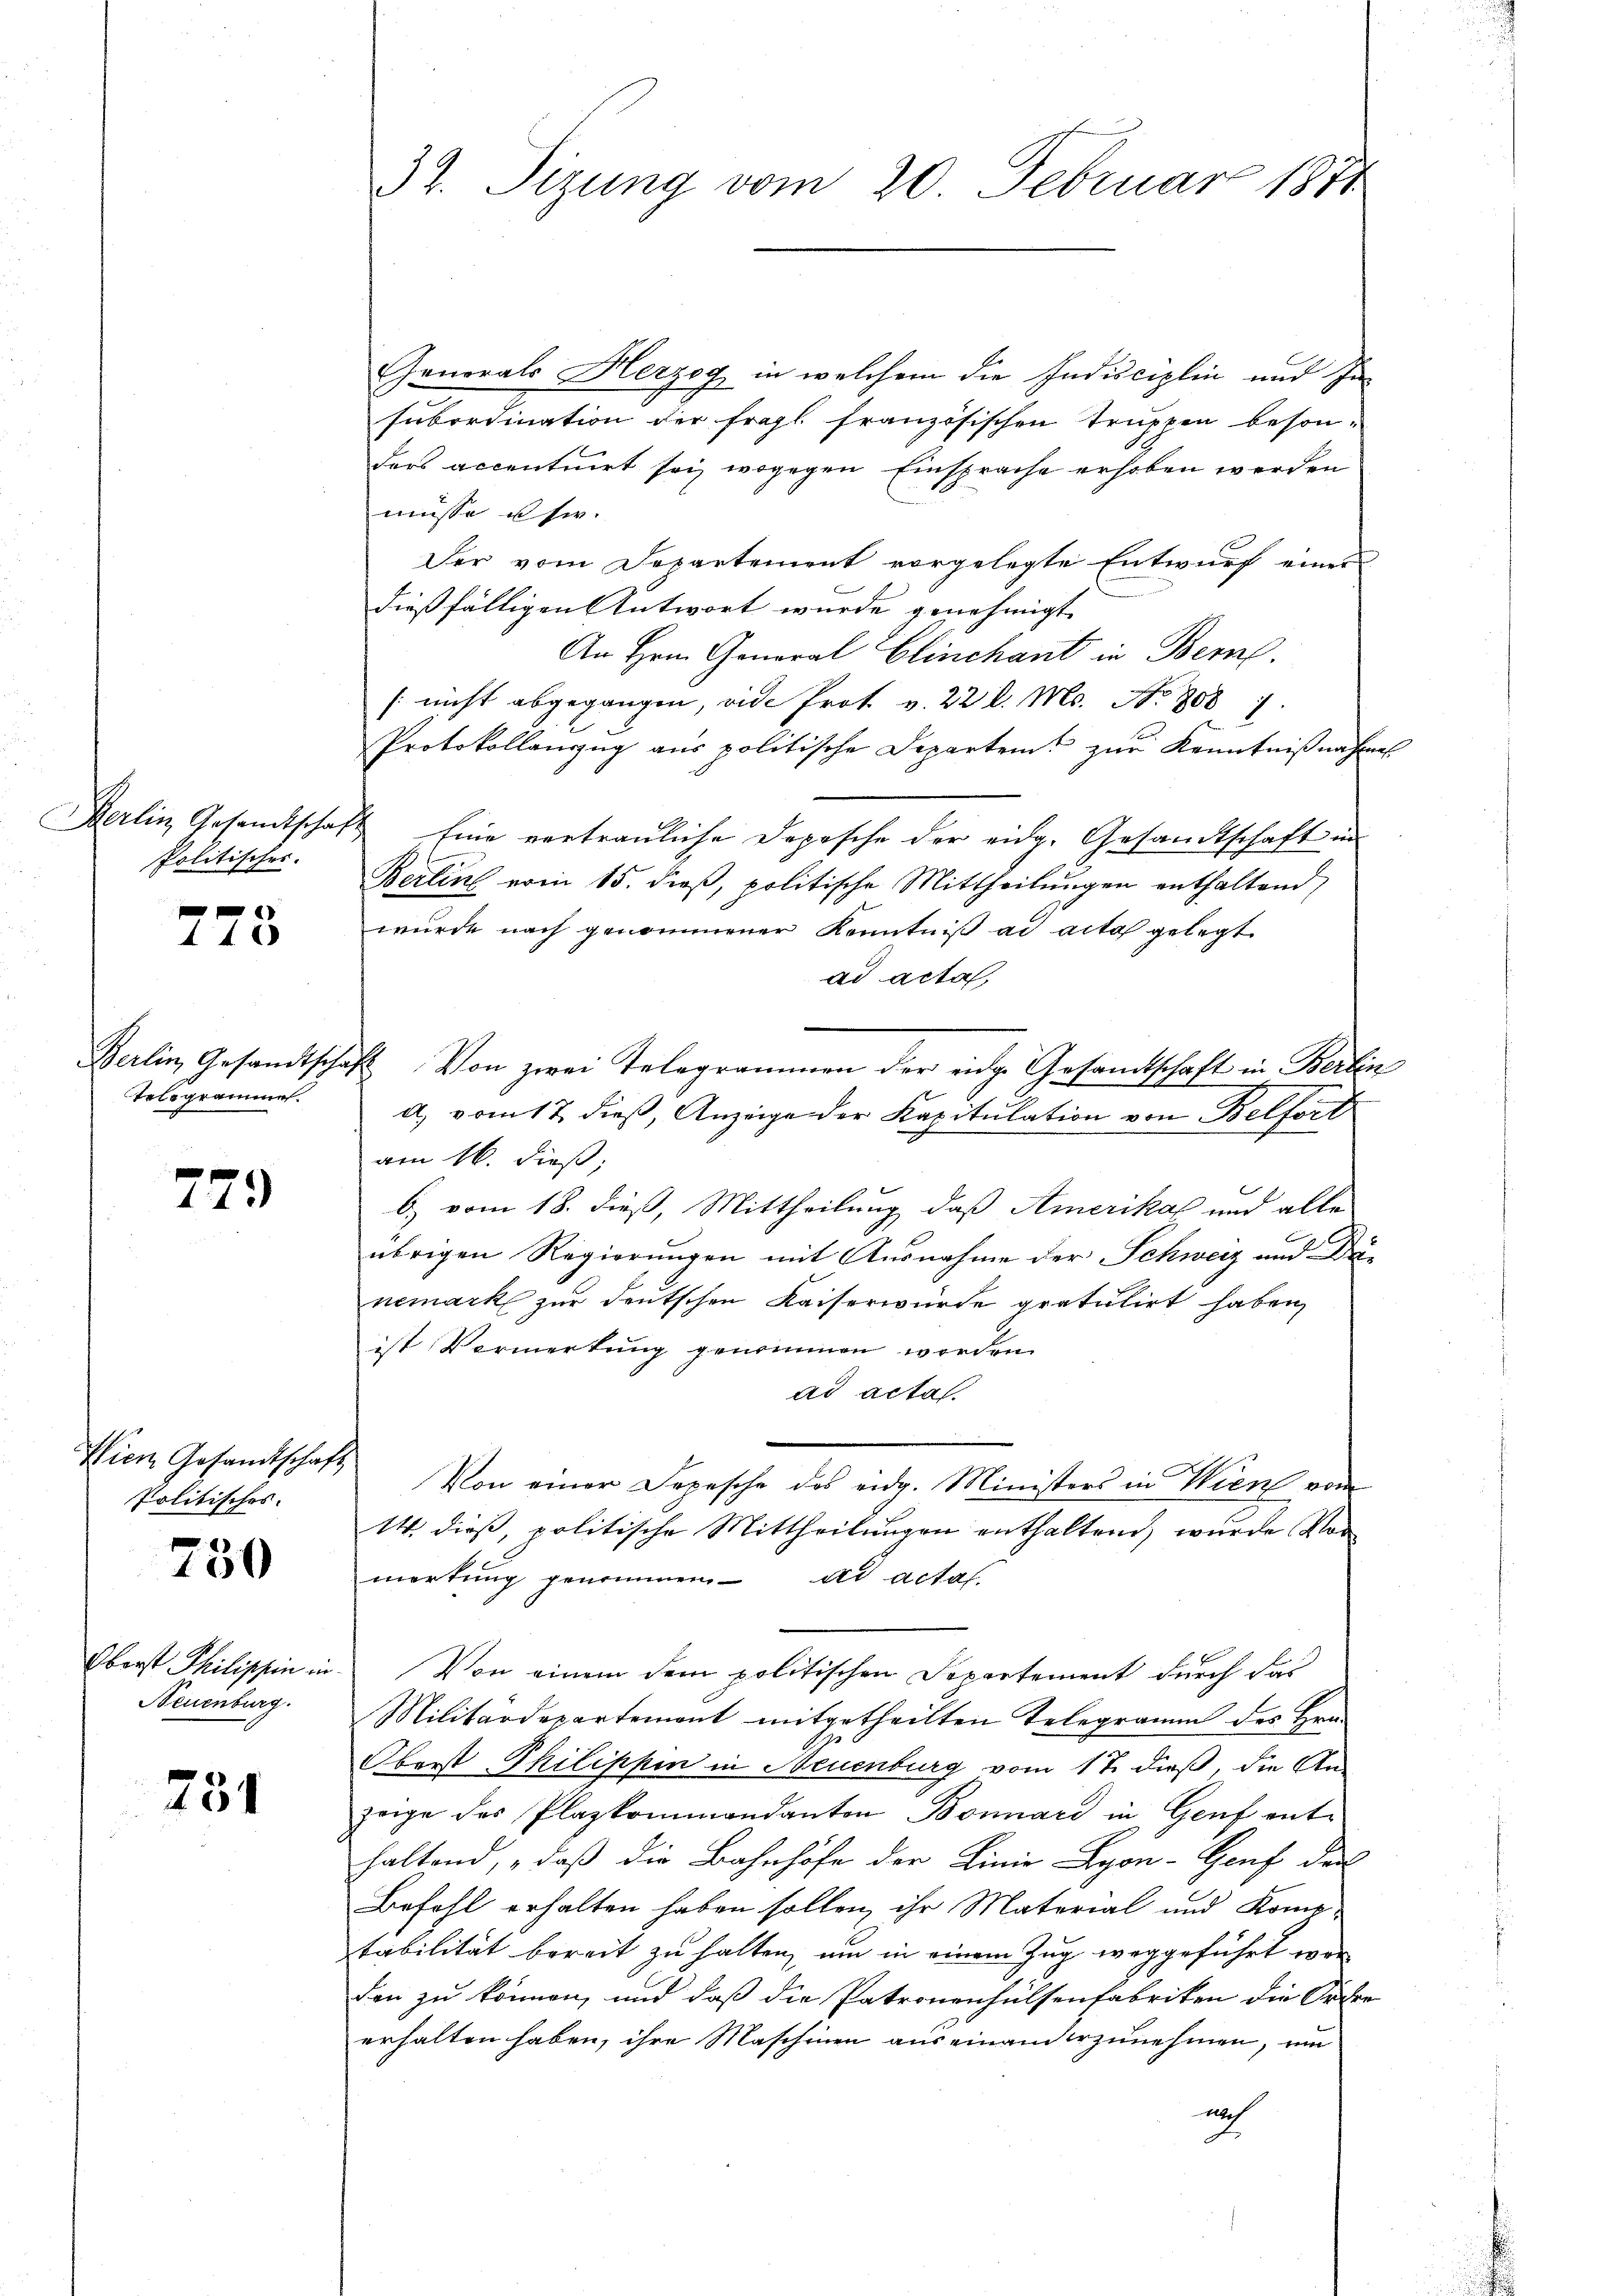
Politischer.

f x
145

Telegrammen.

779

Wien Gesandtschaft
Politisches.

750

Oberst Philischen in
Neuenburg.

231

Generals Herzog in welchem die Indisciplin und Insubordination der fragt französischen Truppen besonders accentuirt sei, wogegen Einsprache erhoben werden
müsse u sie. |
Der vom Departement vorgelegte Entwurf eines
dießfälligen Antwort wurde genehmigt.
An Hrn. General Clinchant in Bern.
[nicht abgegangen, vide Prot v. 22 l. Mo. No. 808 7
Protokollenzug aus politische Departent zur Kenntnißnahme
Berlin Gesandtschaft Eine vertrauliche Depesche der eidg. Gesandtschaft in
Berling vom 15. dieß, politische Mittheilungen enthaltend
wurde nach genommener Kenntniß ad acta gelegt
ad acta
Berlin, Gesandtschaft. Von zwei Telegrammen der eidge Gesamtschaft in Berlin
a) vom 17. dieß, Anzeige der Kapitulation von Belfort
am 16. dieß,
b) vom 18. dieß, Mittheilung, daß Amerika und alle
übrigen Regierungen mit Ausnahme der Schweiz und Di-
nemark zur deutschen Kaiserwürde gratulirt haben,
ist Vermerkung genommen worden.
ad acta.
Von einer Depesche des eidg. Ministers in Wien vom
14. dieβ, politische Mittheilŭngen enthaltend, wurde Vor
mortung genommen dr actas.
Von einem dem politischen Departement durch das
Militärdepartement mitgetheilten Telegramm des Hrn.
Oberst Philippen in Neuenburg vom 17. dieß, die An-
zeige des Plazkommandanton Bonnárd in Genf enthaltend, „daß die Bahnhöfe der Linie Lyon- Genf den
Befehl erhalten haben sollen, ihr Material und Komotabilität bereit zu halten, um in einem Zug weggeführt worden zu können, und daß die Patronenhülsenfabriken die Jahre
erhalten haben, ihre Maschinen auseinanderzunehmen, um
ach

32. Sizung vom 20. Februar 1871